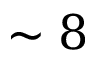
\sim 8